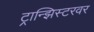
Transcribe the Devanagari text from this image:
ट्रान्झिस्टरवर